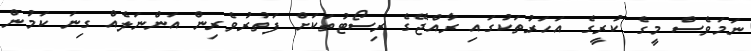
ނަމަވެސް މީގެ ކުރީގެ އަހަރުތަކުގައި ރާއްޖޭގެ ރިސޯޓުތަކަށް ފަތުރުވެރިން އަންނަލެއް ގިނަ ކަމުން